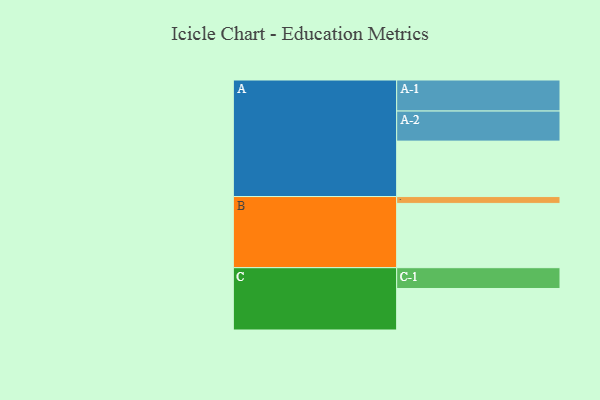
{"axis": {"x": "Segment", "y": "Value"}, "legend": ["", "A", "B", "C"], "data": [{"x": "A", "y": 509, "type": ""}, {"x": "B", "y": 590, "type": ""}, {"x": "C", "y": 381, "type": ""}, {"x": "A-1", "y": 285, "type": "A"}, {"x": "A-2", "y": 276, "type": "A"}, {"x": "B-1", "y": 63, "type": "B"}, {"x": "C-1", "y": 191, "type": "C"}]}